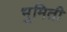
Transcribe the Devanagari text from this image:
भुमिती